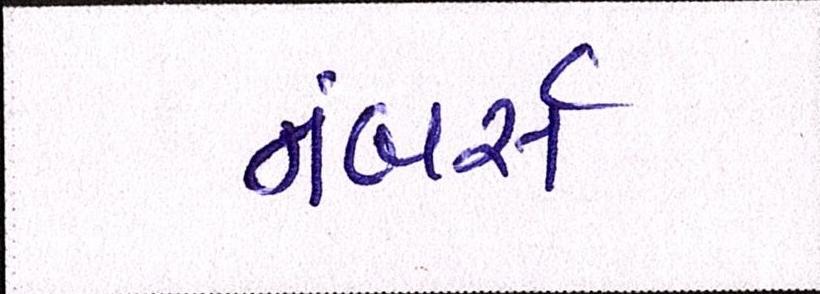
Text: નંબર્સ